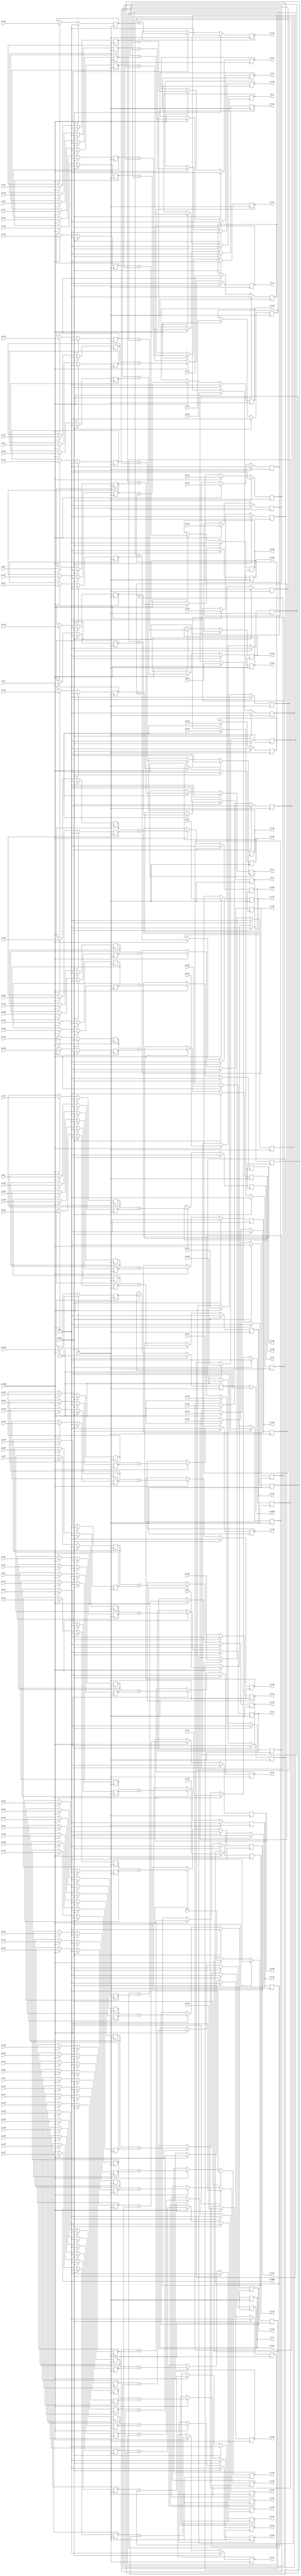
`define SIMULATION_MEMORY

module elementwise_add_core_18_18_48 (
	input clk,
	input reset,
	input i_valid,
	input i_ready,
	input [17:0] i_A_0,
	input [17:0] i_B_0,
	output [17:0] o_C_0,
	input [17:0] i_A_1,
	input [17:0] i_B_1,
	output [17:0] o_C_1,
	input [17:0] i_A_2,
	input [17:0] i_B_2,
	output [17:0] o_C_2,
	input [17:0] i_A_3,
	input [17:0] i_B_3,
	output [17:0] o_C_3,
	input [17:0] i_A_4,
	input [17:0] i_B_4,
	output [17:0] o_C_4,
	input [17:0] i_A_5,
	input [17:0] i_B_5,
	output [17:0] o_C_5,
	input [17:0] i_A_6,
	input [17:0] i_B_6,
	output [17:0] o_C_6,
	input [17:0] i_A_7,
	input [17:0] i_B_7,
	output [17:0] o_C_7,
	input [17:0] i_A_8,
	input [17:0] i_B_8,
	output [17:0] o_C_8,
	input [17:0] i_A_9,
	input [17:0] i_B_9,
	output [17:0] o_C_9,
	input [17:0] i_A_10,
	input [17:0] i_B_10,
	output [17:0] o_C_10,
	input [17:0] i_A_11,
	input [17:0] i_B_11,
	output [17:0] o_C_11,
	input [17:0] i_A_12,
	input [17:0] i_B_12,
	output [17:0] o_C_12,
	input [17:0] i_A_13,
	input [17:0] i_B_13,
	output [17:0] o_C_13,
	input [17:0] i_A_14,
	input [17:0] i_B_14,
	output [17:0] o_C_14,
	input [17:0] i_A_15,
	input [17:0] i_B_15,
	output [17:0] o_C_15,
	input [17:0] i_A_16,
	input [17:0] i_B_16,
	output [17:0] o_C_16,
	input [17:0] i_A_17,
	input [17:0] i_B_17,
	output [17:0] o_C_17,
	input [17:0] i_A_18,
	input [17:0] i_B_18,
	output [17:0] o_C_18,
	input [17:0] i_A_19,
	input [17:0] i_B_19,
	output [17:0] o_C_19,
	input [17:0] i_A_20,
	input [17:0] i_B_20,
	output [17:0] o_C_20,
	input [17:0] i_A_21,
	input [17:0] i_B_21,
	output [17:0] o_C_21,
	input [17:0] i_A_22,
	input [17:0] i_B_22,
	output [17:0] o_C_22,
	input [17:0] i_A_23,
	input [17:0] i_B_23,
	output [17:0] o_C_23,
	input [17:0] i_A_24,
	input [17:0] i_B_24,
	output [17:0] o_C_24,
	input [17:0] i_A_25,
	input [17:0] i_B_25,
	output [17:0] o_C_25,
	input [17:0] i_A_26,
	input [17:0] i_B_26,
	output [17:0] o_C_26,
	input [17:0] i_A_27,
	input [17:0] i_B_27,
	output [17:0] o_C_27,
	input [17:0] i_A_28,
	input [17:0] i_B_28,
	output [17:0] o_C_28,
	input [17:0] i_A_29,
	input [17:0] i_B_29,
	output [17:0] o_C_29,
	input [17:0] i_A_30,
	input [17:0] i_B_30,
	output [17:0] o_C_30,
	input [17:0] i_A_31,
	input [17:0] i_B_31,
	output [17:0] o_C_31,
	input [17:0] i_A_32,
	input [17:0] i_B_32,
	output [17:0] o_C_32,
	input [17:0] i_A_33,
	input [17:0] i_B_33,
	output [17:0] o_C_33,
	input [17:0] i_A_34,
	input [17:0] i_B_34,
	output [17:0] o_C_34,
	input [17:0] i_A_35,
	input [17:0] i_B_35,
	output [17:0] o_C_35,
	input [17:0] i_A_36,
	input [17:0] i_B_36,
	output [17:0] o_C_36,
	input [17:0] i_A_37,
	input [17:0] i_B_37,
	output [17:0] o_C_37,
	input [17:0] i_A_38,
	input [17:0] i_B_38,
	output [17:0] o_C_38,
	input [17:0] i_A_39,
	input [17:0] i_B_39,
	output [17:0] o_C_39,
	input [17:0] i_A_40,
	input [17:0] i_B_40,
	output [17:0] o_C_40,
	input [17:0] i_A_41,
	input [17:0] i_B_41,
	output [17:0] o_C_41,
	input [17:0] i_A_42,
	input [17:0] i_B_42,
	output [17:0] o_C_42,
	input [17:0] i_A_43,
	input [17:0] i_B_43,
	output [17:0] o_C_43,
	input [17:0] i_A_44,
	input [17:0] i_B_44,
	output [17:0] o_C_44,
	input [17:0] i_A_45,
	input [17:0] i_B_45,
	output [17:0] o_C_45,
	input [17:0] i_A_46,
	input [17:0] i_B_46,
	output [17:0] o_C_46,
	input [17:0] i_A_47,
	input [17:0] i_B_47,
	output [17:0] o_C_47,
	output o_valid,
	output o_ready
);

reg [17:0] reg_A_0;
reg [17:0] reg_B_0;
reg [17:0] reg_C_0;
reg [17:0] reg_A_1;
reg [17:0] reg_B_1;
reg [17:0] reg_C_1;
reg [17:0] reg_A_2;
reg [17:0] reg_B_2;
reg [17:0] reg_C_2;
reg [17:0] reg_A_3;
reg [17:0] reg_B_3;
reg [17:0] reg_C_3;
reg [17:0] reg_A_4;
reg [17:0] reg_B_4;
reg [17:0] reg_C_4;
reg [17:0] reg_A_5;
reg [17:0] reg_B_5;
reg [17:0] reg_C_5;
reg [17:0] reg_A_6;
reg [17:0] reg_B_6;
reg [17:0] reg_C_6;
reg [17:0] reg_A_7;
reg [17:0] reg_B_7;
reg [17:0] reg_C_7;
reg [17:0] reg_A_8;
reg [17:0] reg_B_8;
reg [17:0] reg_C_8;
reg [17:0] reg_A_9;
reg [17:0] reg_B_9;
reg [17:0] reg_C_9;
reg [17:0] reg_A_10;
reg [17:0] reg_B_10;
reg [17:0] reg_C_10;
reg [17:0] reg_A_11;
reg [17:0] reg_B_11;
reg [17:0] reg_C_11;
reg [17:0] reg_A_12;
reg [17:0] reg_B_12;
reg [17:0] reg_C_12;
reg [17:0] reg_A_13;
reg [17:0] reg_B_13;
reg [17:0] reg_C_13;
reg [17:0] reg_A_14;
reg [17:0] reg_B_14;
reg [17:0] reg_C_14;
reg [17:0] reg_A_15;
reg [17:0] reg_B_15;
reg [17:0] reg_C_15;
reg [17:0] reg_A_16;
reg [17:0] reg_B_16;
reg [17:0] reg_C_16;
reg [17:0] reg_A_17;
reg [17:0] reg_B_17;
reg [17:0] reg_C_17;
reg [17:0] reg_A_18;
reg [17:0] reg_B_18;
reg [17:0] reg_C_18;
reg [17:0] reg_A_19;
reg [17:0] reg_B_19;
reg [17:0] reg_C_19;
reg [17:0] reg_A_20;
reg [17:0] reg_B_20;
reg [17:0] reg_C_20;
reg [17:0] reg_A_21;
reg [17:0] reg_B_21;
reg [17:0] reg_C_21;
reg [17:0] reg_A_22;
reg [17:0] reg_B_22;
reg [17:0] reg_C_22;
reg [17:0] reg_A_23;
reg [17:0] reg_B_23;
reg [17:0] reg_C_23;
reg [17:0] reg_A_24;
reg [17:0] reg_B_24;
reg [17:0] reg_C_24;
reg [17:0] reg_A_25;
reg [17:0] reg_B_25;
reg [17:0] reg_C_25;
reg [17:0] reg_A_26;
reg [17:0] reg_B_26;
reg [17:0] reg_C_26;
reg [17:0] reg_A_27;
reg [17:0] reg_B_27;
reg [17:0] reg_C_27;
reg [17:0] reg_A_28;
reg [17:0] reg_B_28;
reg [17:0] reg_C_28;
reg [17:0] reg_A_29;
reg [17:0] reg_B_29;
reg [17:0] reg_C_29;
reg [17:0] reg_A_30;
reg [17:0] reg_B_30;
reg [17:0] reg_C_30;
reg [17:0] reg_A_31;
reg [17:0] reg_B_31;
reg [17:0] reg_C_31;
reg [17:0] reg_A_32;
reg [17:0] reg_B_32;
reg [17:0] reg_C_32;
reg [17:0] reg_A_33;
reg [17:0] reg_B_33;
reg [17:0] reg_C_33;
reg [17:0] reg_A_34;
reg [17:0] reg_B_34;
reg [17:0] reg_C_34;
reg [17:0] reg_A_35;
reg [17:0] reg_B_35;
reg [17:0] reg_C_35;
reg [17:0] reg_A_36;
reg [17:0] reg_B_36;
reg [17:0] reg_C_36;
reg [17:0] reg_A_37;
reg [17:0] reg_B_37;
reg [17:0] reg_C_37;
reg [17:0] reg_A_38;
reg [17:0] reg_B_38;
reg [17:0] reg_C_38;
reg [17:0] reg_A_39;
reg [17:0] reg_B_39;
reg [17:0] reg_C_39;
reg [17:0] reg_A_40;
reg [17:0] reg_B_40;
reg [17:0] reg_C_40;
reg [17:0] reg_A_41;
reg [17:0] reg_B_41;
reg [17:0] reg_C_41;
reg [17:0] reg_A_42;
reg [17:0] reg_B_42;
reg [17:0] reg_C_42;
reg [17:0] reg_A_43;
reg [17:0] reg_B_43;
reg [17:0] reg_C_43;
reg [17:0] reg_A_44;
reg [17:0] reg_B_44;
reg [17:0] reg_C_44;
reg [17:0] reg_A_45;
reg [17:0] reg_B_45;
reg [17:0] reg_C_45;
reg [17:0] reg_A_46;
reg [17:0] reg_B_46;
reg [17:0] reg_C_46;
reg [17:0] reg_A_47;
reg [17:0] reg_B_47;
reg [17:0] reg_C_47;

reg valid_A_B, valid_C;
wire enable;
assign enable = i_ready;

always @ (posedge clk) begin
	if (reset) begin
		valid_A_B <= 1'b0;
		valid_C <= 1'b0;
		reg_A_0 <= 0;
		reg_B_0 <= 0;
		reg_C_0 <= 0;
		reg_A_1 <= 0;
		reg_B_1 <= 0;
		reg_C_1 <= 0;
		reg_A_2 <= 0;
		reg_B_2 <= 0;
		reg_C_2 <= 0;
		reg_A_3 <= 0;
		reg_B_3 <= 0;
		reg_C_3 <= 0;
		reg_A_4 <= 0;
		reg_B_4 <= 0;
		reg_C_4 <= 0;
		reg_A_5 <= 0;
		reg_B_5 <= 0;
		reg_C_5 <= 0;
		reg_A_6 <= 0;
		reg_B_6 <= 0;
		reg_C_6 <= 0;
		reg_A_7 <= 0;
		reg_B_7 <= 0;
		reg_C_7 <= 0;
		reg_A_8 <= 0;
		reg_B_8 <= 0;
		reg_C_8 <= 0;
		reg_A_9 <= 0;
		reg_B_9 <= 0;
		reg_C_9 <= 0;
		reg_A_10 <= 0;
		reg_B_10 <= 0;
		reg_C_10 <= 0;
		reg_A_11 <= 0;
		reg_B_11 <= 0;
		reg_C_11 <= 0;
		reg_A_12 <= 0;
		reg_B_12 <= 0;
		reg_C_12 <= 0;
		reg_A_13 <= 0;
		reg_B_13 <= 0;
		reg_C_13 <= 0;
		reg_A_14 <= 0;
		reg_B_14 <= 0;
		reg_C_14 <= 0;
		reg_A_15 <= 0;
		reg_B_15 <= 0;
		reg_C_15 <= 0;
		reg_A_16 <= 0;
		reg_B_16 <= 0;
		reg_C_16 <= 0;
		reg_A_17 <= 0;
		reg_B_17 <= 0;
		reg_C_17 <= 0;
		reg_A_18 <= 0;
		reg_B_18 <= 0;
		reg_C_18 <= 0;
		reg_A_19 <= 0;
		reg_B_19 <= 0;
		reg_C_19 <= 0;
		reg_A_20 <= 0;
		reg_B_20 <= 0;
		reg_C_20 <= 0;
		reg_A_21 <= 0;
		reg_B_21 <= 0;
		reg_C_21 <= 0;
		reg_A_22 <= 0;
		reg_B_22 <= 0;
		reg_C_22 <= 0;
		reg_A_23 <= 0;
		reg_B_23 <= 0;
		reg_C_23 <= 0;
		reg_A_24 <= 0;
		reg_B_24 <= 0;
		reg_C_24 <= 0;
		reg_A_25 <= 0;
		reg_B_25 <= 0;
		reg_C_25 <= 0;
		reg_A_26 <= 0;
		reg_B_26 <= 0;
		reg_C_26 <= 0;
		reg_A_27 <= 0;
		reg_B_27 <= 0;
		reg_C_27 <= 0;
		reg_A_28 <= 0;
		reg_B_28 <= 0;
		reg_C_28 <= 0;
		reg_A_29 <= 0;
		reg_B_29 <= 0;
		reg_C_29 <= 0;
		reg_A_30 <= 0;
		reg_B_30 <= 0;
		reg_C_30 <= 0;
		reg_A_31 <= 0;
		reg_B_31 <= 0;
		reg_C_31 <= 0;
		reg_A_32 <= 0;
		reg_B_32 <= 0;
		reg_C_32 <= 0;
		reg_A_33 <= 0;
		reg_B_33 <= 0;
		reg_C_33 <= 0;
		reg_A_34 <= 0;
		reg_B_34 <= 0;
		reg_C_34 <= 0;
		reg_A_35 <= 0;
		reg_B_35 <= 0;
		reg_C_35 <= 0;
		reg_A_36 <= 0;
		reg_B_36 <= 0;
		reg_C_36 <= 0;
		reg_A_37 <= 0;
		reg_B_37 <= 0;
		reg_C_37 <= 0;
		reg_A_38 <= 0;
		reg_B_38 <= 0;
		reg_C_38 <= 0;
		reg_A_39 <= 0;
		reg_B_39 <= 0;
		reg_C_39 <= 0;
		reg_A_40 <= 0;
		reg_B_40 <= 0;
		reg_C_40 <= 0;
		reg_A_41 <= 0;
		reg_B_41 <= 0;
		reg_C_41 <= 0;
		reg_A_42 <= 0;
		reg_B_42 <= 0;
		reg_C_42 <= 0;
		reg_A_43 <= 0;
		reg_B_43 <= 0;
		reg_C_43 <= 0;
		reg_A_44 <= 0;
		reg_B_44 <= 0;
		reg_C_44 <= 0;
		reg_A_45 <= 0;
		reg_B_45 <= 0;
		reg_C_45 <= 0;
		reg_A_46 <= 0;
		reg_B_46 <= 0;
		reg_C_46 <= 0;
		reg_A_47 <= 0;
		reg_B_47 <= 0;
		reg_C_47 <= 0;
	end else if (enable) begin
		reg_A_0 <= i_A_0;
		reg_B_0 <= i_B_0;
		reg_C_0 <= reg_A_0 + reg_B_0;
		reg_A_1 <= i_A_1;
		reg_B_1 <= i_B_1;
		reg_C_1 <= reg_A_1 + reg_B_1;
		reg_A_2 <= i_A_2;
		reg_B_2 <= i_B_2;
		reg_C_2 <= reg_A_2 + reg_B_2;
		reg_A_3 <= i_A_3;
		reg_B_3 <= i_B_3;
		reg_C_3 <= reg_A_3 + reg_B_3;
		reg_A_4 <= i_A_4;
		reg_B_4 <= i_B_4;
		reg_C_4 <= reg_A_4 + reg_B_4;
		reg_A_5 <= i_A_5;
		reg_B_5 <= i_B_5;
		reg_C_5 <= reg_A_5 + reg_B_5;
		reg_A_6 <= i_A_6;
		reg_B_6 <= i_B_6;
		reg_C_6 <= reg_A_6 + reg_B_6;
		reg_A_7 <= i_A_7;
		reg_B_7 <= i_B_7;
		reg_C_7 <= reg_A_7 + reg_B_7;
		reg_A_8 <= i_A_8;
		reg_B_8 <= i_B_8;
		reg_C_8 <= reg_A_8 + reg_B_8;
		reg_A_9 <= i_A_9;
		reg_B_9 <= i_B_9;
		reg_C_9 <= reg_A_9 + reg_B_9;
		reg_A_10 <= i_A_10;
		reg_B_10 <= i_B_10;
		reg_C_10 <= reg_A_10 + reg_B_10;
		reg_A_11 <= i_A_11;
		reg_B_11 <= i_B_11;
		reg_C_11 <= reg_A_11 + reg_B_11;
		reg_A_12 <= i_A_12;
		reg_B_12 <= i_B_12;
		reg_C_12 <= reg_A_12 + reg_B_12;
		reg_A_13 <= i_A_13;
		reg_B_13 <= i_B_13;
		reg_C_13 <= reg_A_13 + reg_B_13;
		reg_A_14 <= i_A_14;
		reg_B_14 <= i_B_14;
		reg_C_14 <= reg_A_14 + reg_B_14;
		reg_A_15 <= i_A_15;
		reg_B_15 <= i_B_15;
		reg_C_15 <= reg_A_15 + reg_B_15;
		reg_A_16 <= i_A_16;
		reg_B_16 <= i_B_16;
		reg_C_16 <= reg_A_16 + reg_B_16;
		reg_A_17 <= i_A_17;
		reg_B_17 <= i_B_17;
		reg_C_17 <= reg_A_17 + reg_B_17;
		reg_A_18 <= i_A_18;
		reg_B_18 <= i_B_18;
		reg_C_18 <= reg_A_18 + reg_B_18;
		reg_A_19 <= i_A_19;
		reg_B_19 <= i_B_19;
		reg_C_19 <= reg_A_19 + reg_B_19;
		reg_A_20 <= i_A_20;
		reg_B_20 <= i_B_20;
		reg_C_20 <= reg_A_20 + reg_B_20;
		reg_A_21 <= i_A_21;
		reg_B_21 <= i_B_21;
		reg_C_21 <= reg_A_21 + reg_B_21;
		reg_A_22 <= i_A_22;
		reg_B_22 <= i_B_22;
		reg_C_22 <= reg_A_22 + reg_B_22;
		reg_A_23 <= i_A_23;
		reg_B_23 <= i_B_23;
		reg_C_23 <= reg_A_23 + reg_B_23;
		reg_A_24 <= i_A_24;
		reg_B_24 <= i_B_24;
		reg_C_24 <= reg_A_24 + reg_B_24;
		reg_A_25 <= i_A_25;
		reg_B_25 <= i_B_25;
		reg_C_25 <= reg_A_25 + reg_B_25;
		reg_A_26 <= i_A_26;
		reg_B_26 <= i_B_26;
		reg_C_26 <= reg_A_26 + reg_B_26;
		reg_A_27 <= i_A_27;
		reg_B_27 <= i_B_27;
		reg_C_27 <= reg_A_27 + reg_B_27;
		reg_A_28 <= i_A_28;
		reg_B_28 <= i_B_28;
		reg_C_28 <= reg_A_28 + reg_B_28;
		reg_A_29 <= i_A_29;
		reg_B_29 <= i_B_29;
		reg_C_29 <= reg_A_29 + reg_B_29;
		reg_A_30 <= i_A_30;
		reg_B_30 <= i_B_30;
		reg_C_30 <= reg_A_30 + reg_B_30;
		reg_A_31 <= i_A_31;
		reg_B_31 <= i_B_31;
		reg_C_31 <= reg_A_31 + reg_B_31;
		reg_A_32 <= i_A_32;
		reg_B_32 <= i_B_32;
		reg_C_32 <= reg_A_32 + reg_B_32;
		reg_A_33 <= i_A_33;
		reg_B_33 <= i_B_33;
		reg_C_33 <= reg_A_33 + reg_B_33;
		reg_A_34 <= i_A_34;
		reg_B_34 <= i_B_34;
		reg_C_34 <= reg_A_34 + reg_B_34;
		reg_A_35 <= i_A_35;
		reg_B_35 <= i_B_35;
		reg_C_35 <= reg_A_35 + reg_B_35;
		reg_A_36 <= i_A_36;
		reg_B_36 <= i_B_36;
		reg_C_36 <= reg_A_36 + reg_B_36;
		reg_A_37 <= i_A_37;
		reg_B_37 <= i_B_37;
		reg_C_37 <= reg_A_37 + reg_B_37;
		reg_A_38 <= i_A_38;
		reg_B_38 <= i_B_38;
		reg_C_38 <= reg_A_38 + reg_B_38;
		reg_A_39 <= i_A_39;
		reg_B_39 <= i_B_39;
		reg_C_39 <= reg_A_39 + reg_B_39;
		reg_A_40 <= i_A_40;
		reg_B_40 <= i_B_40;
		reg_C_40 <= reg_A_40 + reg_B_40;
		reg_A_41 <= i_A_41;
		reg_B_41 <= i_B_41;
		reg_C_41 <= reg_A_41 + reg_B_41;
		reg_A_42 <= i_A_42;
		reg_B_42 <= i_B_42;
		reg_C_42 <= reg_A_42 + reg_B_42;
		reg_A_43 <= i_A_43;
		reg_B_43 <= i_B_43;
		reg_C_43 <= reg_A_43 + reg_B_43;
		reg_A_44 <= i_A_44;
		reg_B_44 <= i_B_44;
		reg_C_44 <= reg_A_44 + reg_B_44;
		reg_A_45 <= i_A_45;
		reg_B_45 <= i_B_45;
		reg_C_45 <= reg_A_45 + reg_B_45;
		reg_A_46 <= i_A_46;
		reg_B_46 <= i_B_46;
		reg_C_46 <= reg_A_46 + reg_B_46;
		reg_A_47 <= i_A_47;
		reg_B_47 <= i_B_47;
		reg_C_47 <= reg_A_47 + reg_B_47;
		valid_A_B <= i_valid;
		valid_C <= valid_A_B;
	end
end

assign o_C_0 = reg_C_0;
assign o_C_1 = reg_C_1;
assign o_C_2 = reg_C_2;
assign o_C_3 = reg_C_3;
assign o_C_4 = reg_C_4;
assign o_C_5 = reg_C_5;
assign o_C_6 = reg_C_6;
assign o_C_7 = reg_C_7;
assign o_C_8 = reg_C_8;
assign o_C_9 = reg_C_9;
assign o_C_10 = reg_C_10;
assign o_C_11 = reg_C_11;
assign o_C_12 = reg_C_12;
assign o_C_13 = reg_C_13;
assign o_C_14 = reg_C_14;
assign o_C_15 = reg_C_15;
assign o_C_16 = reg_C_16;
assign o_C_17 = reg_C_17;
assign o_C_18 = reg_C_18;
assign o_C_19 = reg_C_19;
assign o_C_20 = reg_C_20;
assign o_C_21 = reg_C_21;
assign o_C_22 = reg_C_22;
assign o_C_23 = reg_C_23;
assign o_C_24 = reg_C_24;
assign o_C_25 = reg_C_25;
assign o_C_26 = reg_C_26;
assign o_C_27 = reg_C_27;
assign o_C_28 = reg_C_28;
assign o_C_29 = reg_C_29;
assign o_C_30 = reg_C_30;
assign o_C_31 = reg_C_31;
assign o_C_32 = reg_C_32;
assign o_C_33 = reg_C_33;
assign o_C_34 = reg_C_34;
assign o_C_35 = reg_C_35;
assign o_C_36 = reg_C_36;
assign o_C_37 = reg_C_37;
assign o_C_38 = reg_C_38;
assign o_C_39 = reg_C_39;
assign o_C_40 = reg_C_40;
assign o_C_41 = reg_C_41;
assign o_C_42 = reg_C_42;
assign o_C_43 = reg_C_43;
assign o_C_44 = reg_C_44;
assign o_C_45 = reg_C_45;
assign o_C_46 = reg_C_46;
assign o_C_47 = reg_C_47;
assign o_ready = i_ready;
assign o_valid = valid_C & i_ready;

endmodule